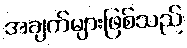
အချက်များဖြစ်သည်